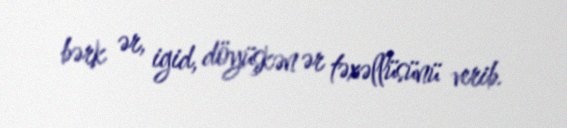
bərk ər, igid, döyüşkən ər təxəllüsünü verib.